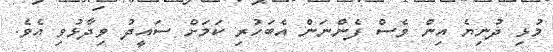
މުޅި ދުނިޔެ އިން ވެސް ފެންނަން އެބަހުރި ކަމަށް ސައީދު ވިދާޅުވި އެވެ.